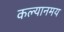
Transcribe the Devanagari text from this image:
कल्यानमय